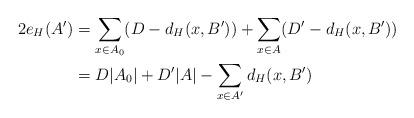
LaTeX: \begin{align*}2e_H(A')& =\sum_{x\in A_0}(D-d_H(x, B'))+\sum_{x\in A}(D'-d_H(x, B'))\\&=D|A_0|+D'|A|-\sum_{x\in A'}d_H(x, B')\end{align*}